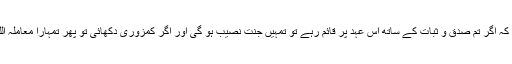
بیعت کے بعد آنحضرت صلی اللہ علیہ وسلم نے فرمایا کہ اگر تم صدق و ثبات کے ساتھ اس عہد پر قائم رہے تو تمہیں جنت نصیب ہو گی اور اگر کمزوری دکھائی تو پھر تمہارا معاملہ اللہ تعالیٰ کے ساتھ ہے وہ جس طرح چاہے گا کرے گا۔